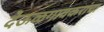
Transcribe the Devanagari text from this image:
देऊळगावकरांचा